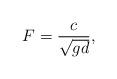
LaTeX: \begin{align*} F = \frac c{\sqrt{gd}},\end{align*}